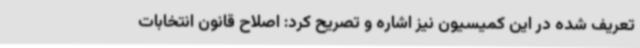
تعریف شده در این کمیسیون نیز اشاره و تصریح کرد: اصلاح قانون انتخابات